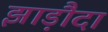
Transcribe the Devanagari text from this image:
झाड़ौदा